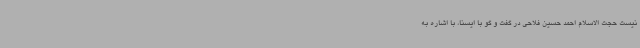
نیست حجت الاسلام احمد حسین فلاحی در گفت و گو با ایسنا، با اشاره به